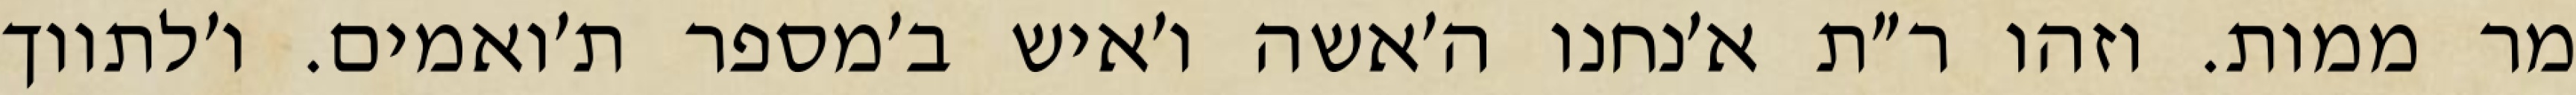
מר ממות. וזהו ר״ת א׳נחנו ה׳אשה ו׳איש ב׳מספר ת׳ואמים. ו׳לתווך